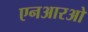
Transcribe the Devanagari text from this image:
एनआरओ